[Report on the health of British troops in the Madras command]
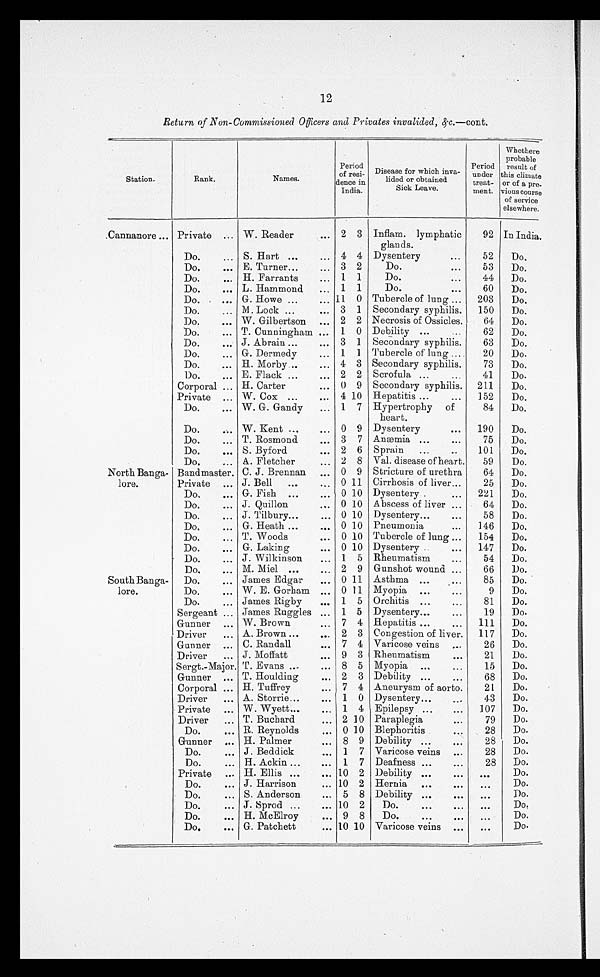
12
Return of Non-Commissioned Officers and Privates 'invalided, &.c.—cont.
Station.
Rank.
Period
of resi- Disease for which inva-
Names.
lided or obtained
dence in
India.
Sick Leave.
Period
under
treat-
went.
Whethere
probable
result of
this climate
or of a pre-
vious course
of service
elsewhere.
.Cannanore ... Private ... W. Reader
... 2 3 Inflam. lymphatic
glands.
92 In India.
Do.
S. Hart ...
... 4 4 Dysentery
...
52
Do.
D o . . .
Do.
.. E. Turner...
... 3 2
Do.
...
53
Do.
Do.
.
H. Farrants
... 1 1
Do.
...
44
Do.
Do.
... L. Hammond
., 1 1
Do.
,..
60
Do.
Do.
... G. Howe ...
... 11 0 Tubercle of lung ...
203
Do.
Do.
... M. Lock ...
... 3 1 Secondary syphilis.
150
Do.
Do.
W. Gilbertson ... 2 2 Necrosis of Ossicles.
64
Do.
D o . . .
Do.
... T. Cunnin g ham
1 0 Debility
b
...
.
...
62
Do.
Do.
... J. Abrain ...
... 3 1 Secondary syphilis.
63
Do.
Do.
... G. Dermedy
.
1 1 Tubercle of lung ....
20
Do.
Do.
... H. Morby...
... 4 3 Secondary syphilis.
73
Do.
Do.
... E. Flack ...
... 2 2 Scrofula ...
...
41
Do.
Corporal ... H. Carter
... 0 9 Secondary syphilis.
211
Do.
Private
W. Cox ...
... 4 10 Hepatitis ...
...
152
Do.
...
Do.
W. G. Gandy
... 1 7 Hypertrophy of
heart.
84
Do.
Do.
... W. Kent...
... 0 9 Dysentery
190
Do.
Do.
... T. Rosmond
... 3 7 Anæmia ...
...
75
Do.
Do.
... S. Byford
... 2 6 Sprain
...
..
101
Do.
Do.
... A. Fletcher
... 2 8 Val. disease of heart.
59
Do.
North Banga- Bandmaster. C. J. Brennan
... 0 9 Stricture of urethra
64
Do.
lore.
Private ... J. Bell
...
... 0 11 Cirrhosis of liver...
25
Do.
Do,
... G. Fish ...
... 0 10 Dysentery .
...
221
Do.
Do.
... J. Quillon
0 10
Abscess of liver ...
64
Do.
Do.
.., J. Tilbury...
... 0 10 Dysentery...
...
58
Do.
Do.
... G. Heath ...
... 0 10 Pneumonia
...
146
Do.
Do.
.,. T. Woods
... 0 10 Tubercle of lung ,..
154
Do.
Do.
... G. Laking
... 0 10 Dysentery ..
147
Do.
Do.
... J. Wilkinson
.. 1 5 Rheumatism
...
54
Do.
Do.
M. Miel ...
.. 2 9 Gunshot wound ...
66
Do.
SouthBanga-
Do.
... James Edgar
... 0 11 Asthma ...
85
Do.
lore.
Do.
. . . W. E. Gorham ... 0 11 Myopia ...
...
9
Do.
Do.
.., James Rigby
... 1 5 Orchitis ...
...
81
Do.
Sergeant ... James Ruggles ... 1 5 Dysentery...
...
19
Do.
Gunner ... W. Brown...
7 4 Hepatitis ...
.
. . . . .
111
Do.
Driver
... A. Brown ...
2 3 Congestion of liver.
117
Do.
Gunner ... C. Randall
... 7 4 Varicose veins
26
Do.
Driver
... J. Moffatt
... 9 3 Rheumatism
21
Do.
Sergt.-Major. T. Evans ...
... 8 5 Myopia ...
...
15
Do.
Gunner ... T. Houldiug
.. 2 3 Debility ...
...
68
Do.
Corporal ... H. Tuffrey
..
7 4 Aneurysm of aorto.
21
Do.
Driver
... A. Storrie. .,
1 0 Dysentery...
43
Do.
Private ... W. Wyett...
... 1 4 Epilepsy ...
...
107
Do.
Driver
T. Buchard
... 2 10 Paraplegia
79
Do.
...
Do.
... R. Reynolds
.. 0 10 Blephoritis
...
28
Do.
Gunner ... H. Palmer
.
8 9 Debility ...
28
Do.
Do.
... J. Beddick
... 1 7 Varicose veins ...
28
Do.
Do.
. . . H. Ackin ...
... 1 7 Deafness ...
...
28
Do.
Private ... H. Ellis ...
... 10 2 Debility ...
Do.
Do.
... J. Harrison
... 10 2 Hernia
...
Do.
Do.
... S. Anderson
... 5 8 Debility ...
Do.
Do.
...
J. Sprod ...
... 10 2
Do.
...
Do.
Do.
... H. McElroy
... 9 8
Do.
...
.
...
Do.
Do.
... G. Patchett
... 10 10 Varicose veins ...
...
Do.